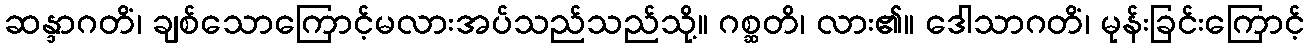
ဆန္ဒာဂတိံ၊ ချစ်သောကြောင့်မလားအပ်သည်သည်သို့။ ဂစ္ဆတိ၊ လား၏။ ဒေါသာဂတိံ၊ မုန်းခြင်းကြောင့်